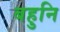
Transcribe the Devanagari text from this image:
बहुनि